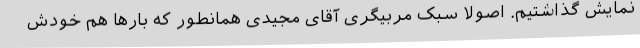
نمایش گذاشتیم. اصولاً سبک مربیگری آقای مجیدی همانطور که بارها هم خودش